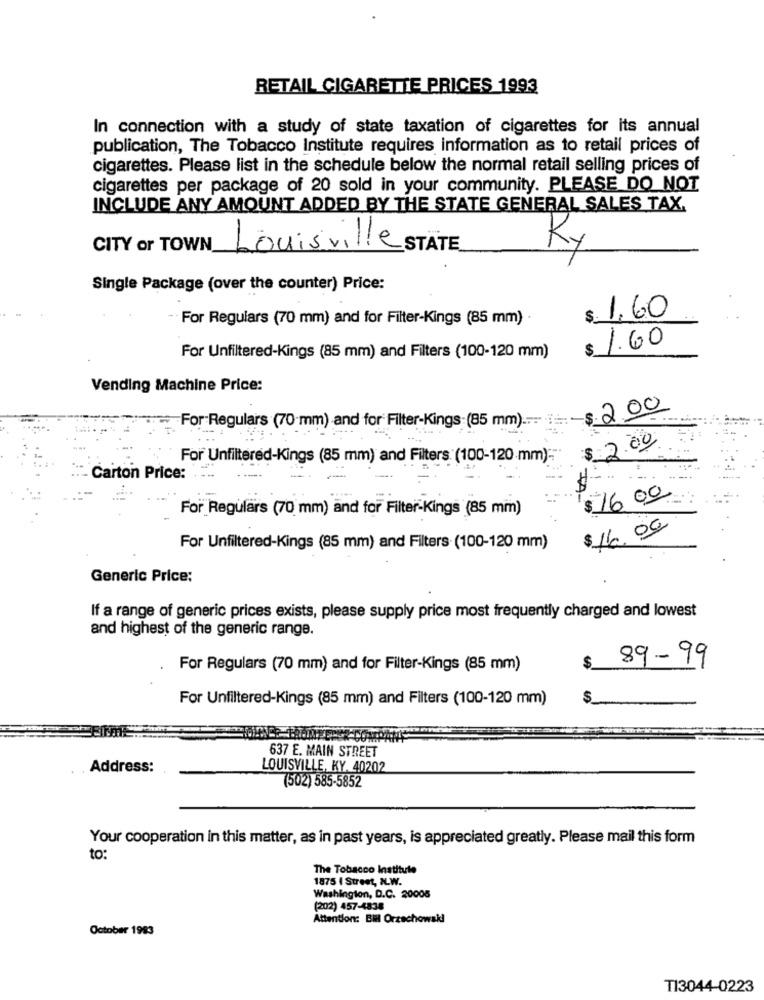
RETAIL CIGARETTE PRICES 1993
In connection with a study of state taxation of cigarettes for its annual
publication, The Tobacco Institute requires information as to retail prices of
cigarettes. Please list in the schedule below the normal retail selling prices of
cigarettes per package of 20 sold in your community. PLEASE DO NOT
INCLUDE ANY AMOUNT ADDED BY THE STATE GENERAL SALES TAX.
CITY or TOWN
Louisville STATE
Ky
Single Package (over the counter) Price:
$ 1,60
For Regulars (70 mm) and for Filter-Kings (85 mm) .
$ 1.60
For Unfiltered-Kings (85 mm) and Filters (100-120 mm)
Vending Machine Price:
$2.00
For Regulars (70 mm) and for Filter-Kings (85 mm) ..
$ 2.00
For Unfiltered-Kings (85 mm) and Filters. (100-120 mm)="
Carton Price:
- -
$16 00
TA-
For Regulars (70 mm) and for Filter-Kings (85 mm)
$ 16. 00
For Unfiltered-Kings (85 mm) and Filters (100-120 mm)
Generic Price:
If a range of generic prices exists, please supply price most frequently charged and lowest
and highest of the generic range.
$
89-99
For Regulars (70 mm) and for Filter-Kings (85 mm)
For Unfiltered-Kings (85 mm) and Filters (100-120 mm)
637 E. MAIN STREET
Address:
LOUISVILLE, KY. 40202
(502) 585-5852
Your cooperation in this matter, as in past years, is appreciated greatly. Please mail this form
to:
The Tobacco Institute
1875 I Street, NL.W.
Washington, D.C. 20005
(202) 457-4838
Attention: Bill Orzechowski
October 1983
TI3044-0223